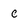
Character: c